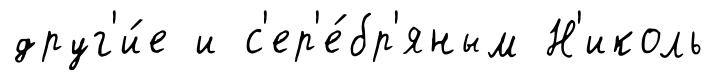
друг'и́е и с'ер'е́бр'яным Н'иколь